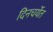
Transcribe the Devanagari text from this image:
दिनचर्येत